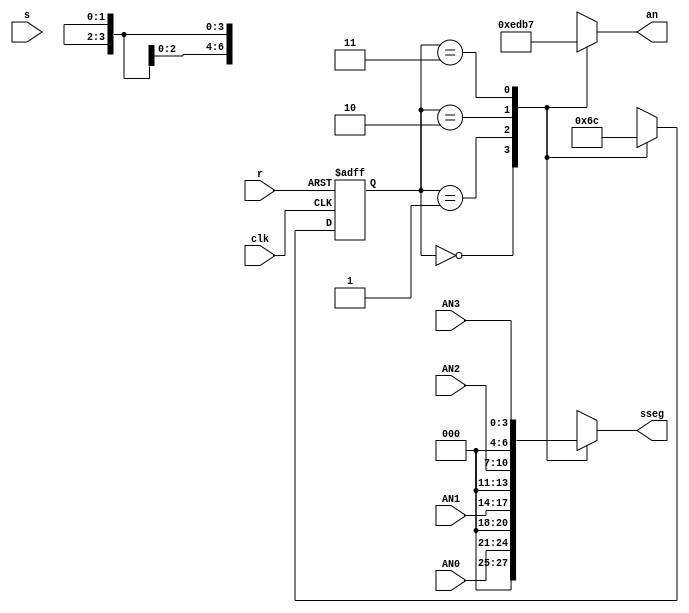
`timescale 1ns / 1ps
//////////////////////////////////////////////////////////////////////////////////
// Company: 
// Engineer: 
// 
// Design Name: 
// Module Name: time_mux_state_machine
// Project Name: 
// Target Devices: 
// Tool Versions: 
// Description: 
// 
// Dependencies: 
// 
// Revision:
// Revision 0.01 - File Created
// Additional Comments:
// 
//////////////////////////////////////////////////////////////////////////////////


module time_mux_state_machine(
    input clk,
    input s,
    input r,
    input [3:0] AN0,
    input [3:0] AN1,
    input [3:0] AN2,
    input [3:0] AN3,
    output reg [3:0] an,
    output reg [6:0] sseg
    );
    
    reg [1:0] state;
    reg [1:0] next_state;
    
    always @(*) begin
    case(state) //State transitions
        2'b00 : next_state = 2'b01;
        2'b01 : next_state = 2'b10;
        2'b10 : next_state = 2'b11;
        2'b11 : next_state = 2'b00;
        endcase
    end
    
    always @(*) begin
    case(state) //Multiplexer
        2'b00 : sseg = AN0;
        2'b01 : sseg = AN1; 
        2'b10 : sseg = AN2;// if (mode == 2'b00) sseg = AN2; else if(mode == preval[3:0]);
        2'b11 : sseg = AN3;// if (mode == 2'b00) sseg = AN2; else if(mode == preval[7:4]);
    endcase
    
    case(state) //Decoder
        2'b00 : an = 4'b1110;
        2'b01 : an = 4'b1101;
        2'b10 : an = 4'b1011;
        2'b11 : an = 4'b0111;
    endcase
    end
   
    always @(posedge clk or posedge r) begin
        if(r) 
            state <= 2'b00;
        else 
            state <= next_state;
    end
endmodule